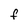
Character: f